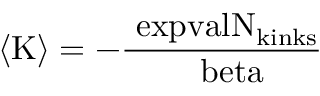
\langle \mathrm { { K } \rangle = - \frac { \ e x p v a l { N _ { \mathrm { { k i n k s } } } } } { \Delta \ b e t a } }